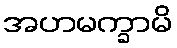
အဟမက္ခာမိ